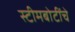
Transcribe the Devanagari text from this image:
स्टीमबोटींचे